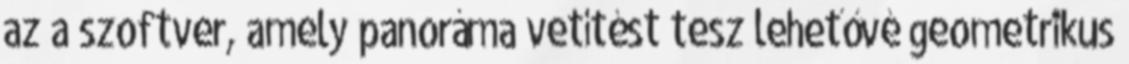
az a szoftver, amely panoráma vetítést tesz lehetővé geometrikus